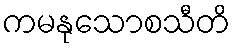
ကမနုသောစသီတိ